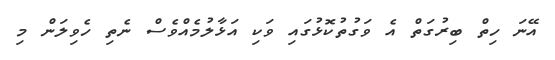
އޭނަ ހިތް ބިރުގަތް އެ ވަގުތުކޮޅުގައި ވަކި އަޅާލުމެއްވެސް ނެތި ހެވިލަން މި